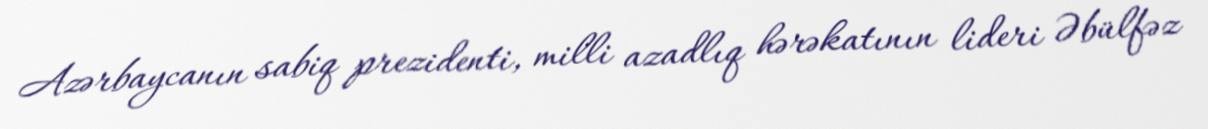
Azərbaycanın sabiq prezidenti, milli azadlıq hərəkatının lideri Əbülfəz